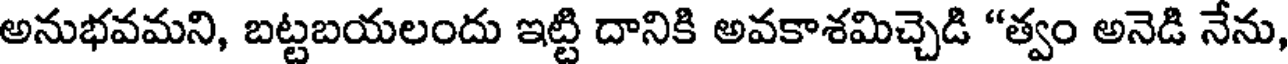
అనుభవమని, బట్టబయలందు ఇట్టి దానికి అవకాశమిచ్చెడి "త్వం అనెడి నేను,